Annual administration and progress report of the Indian Medical Department, Bombay
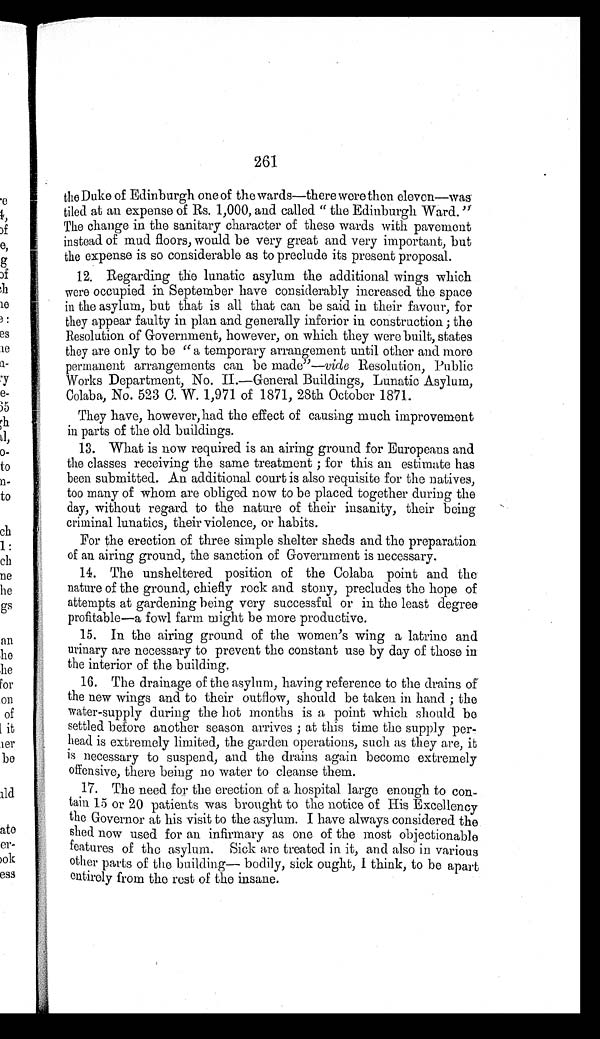
261
the Duke of Edinburgh one of the wards—there were then eleven—was
tiled at an expense of Rs. 1,000, and called "the Edinburgh Ward."
The change in the sanitary character of these wards with pavement
instead of mud floors, would be very great and very important, but
the expense is so considerable as to preclude its present proposal.
12. Regarding the lunatic asylum the additional wings which
were occupied in September have considerably increased the space
in the asylum, but that is all that can be said in their favour, for
they appear faulty in plan and generally inferior in construction; the
Resolution of Government, however, on which they were built, states
they are only to be "a temporary arrangement until other and more
permanent arrangements can be made"—vide
Resolution, Public
Works Department, No. II.—General Buildings, Lunatic Asylum,
Colaba, No. 523 C. W. 1,971 of 1871, 28th October 1871.
They have, however, had the effect of causing much improvement
in parts of the old buildings.
13. What is now required is an airing ground for Europeans and
the classes receiving the same treatment; for this an estimate has
been submitted. An additional court is also requisite for the natives,
too many of whom are obliged now to be placed together during the
day, without regard to the nature of their insanity, their being
criminal lunatics, their violence, or habits.
For the erection of three simple shelter sheds and the preparation
of an airing ground, the sanction of Government is necessary.
14. The unsheltered position of the Colaba point and the
nature of the ground, chiefly rock and stony, precludes the hope of
attempts at gardening being very successful or in the least degree
profitable—a fowl farm might be more productive.
15. In the airing ground of the women's wing a latrine and
urinary are necessary to prevent the constant use by day of those in
the interior of the building.
16. The drainage of the asylum, having reference to the drains of
the new wings and to their outflow, should be taken in hand; the
water-supply during the hot months is a point which should be
settled before another season arrives; at this time the supply per
- h e a d i s e x t r e m e l y l i m i t e d , t h e g a r d e n o p e r a t i o n s , s u c h a s t h e y a r e , i t
is necessary to suspend, and the drains again become extremely
offensive, there being no water to cleanse them.
17. The need for the erection of a hospital large enough to con--
tain 15 or 20 patients was brought to the notice of His Excellency
the Governor at his visit to the asylum. I have always considered the
shed now used for an infirmary as one of the most objectionable
features of the asylum. Sick are treated in it, and also in various
other parts of the building— bodily, sick ought, I think, to be apart
entirely from the rest of the insane.